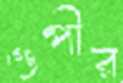
গুপীর